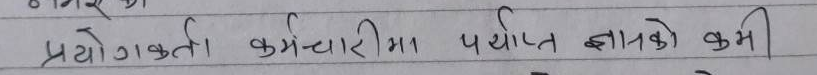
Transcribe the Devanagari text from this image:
प्रयोगकर्ता कर्मचारीमा पर्याप्त ज्ञानको कमी